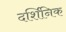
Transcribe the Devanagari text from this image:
दर्शिनिक